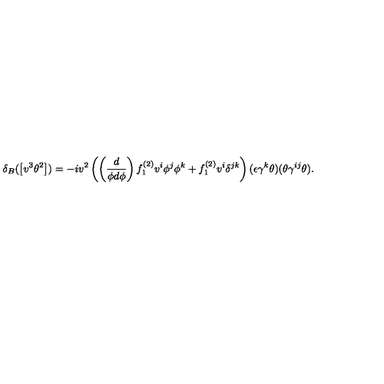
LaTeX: \delta _ { B } ( \left[ v ^ { 3 } \theta ^ { 2 } \right] ) = - i v ^ { 2 } \left( \left( \frac { d } { \phi d \phi } \right) f _ { 1 } ^ { ( 2 ) } v ^ { i } \phi ^ { j } \phi ^ { k } + f _ { 1 } ^ { ( 2 ) } v ^ { i } \delta ^ { j k } \right) ( \epsilon \gamma ^ { k } \theta ) ( \theta \gamma ^ { i j } \theta ) .